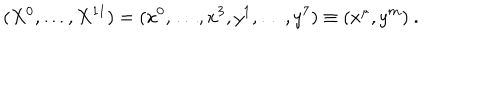
LaTeX: ( X ^ { 0 } , \ldots , X ^ { 1 1 } ) = ( x ^ { 0 } , \ldots , x ^ { 3 } , y ^ { 1 } , \ldots , y ^ { 7 } ) \equiv ( x ^ { \mu } , y ^ { m } ) \ .